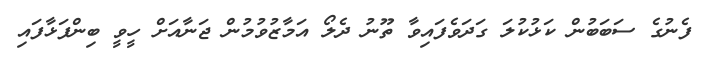
ފެނުގެ ސަބަބުން ކަޅުކުލަ ގަދަވެފައިވާ ތޫނު ދެލޯ އަމާޒުވުމުން ޖަނާއަށް ހީވީ ބިންފަޅާފައި